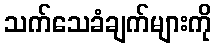
သက်သေခံချက်များကို